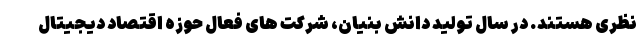
نظری هستند. در سال تولید دانش بنیان، شرکت های فعال حوزه اقتصاد دیجیتال